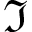
\Im